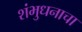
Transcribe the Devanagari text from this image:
शंभुधनाचा